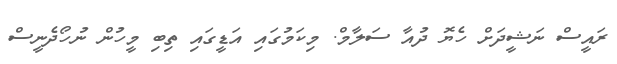
ރައީސް ނަޝީދަށް ހެޔޮ ދުއާ ސަލާމް. މިކަމުގައި އަޑީގައި ތިބި މީހުން ނުހޯދެނީސް